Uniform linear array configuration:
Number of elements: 24
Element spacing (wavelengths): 0.75
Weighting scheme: cosine
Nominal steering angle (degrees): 45
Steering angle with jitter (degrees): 45.749
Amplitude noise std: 0.05
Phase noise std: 0.05

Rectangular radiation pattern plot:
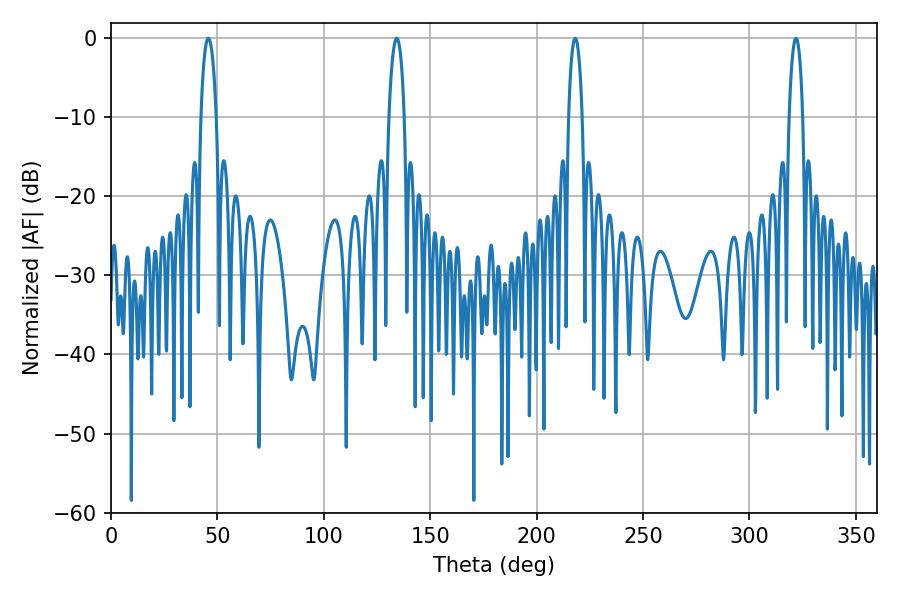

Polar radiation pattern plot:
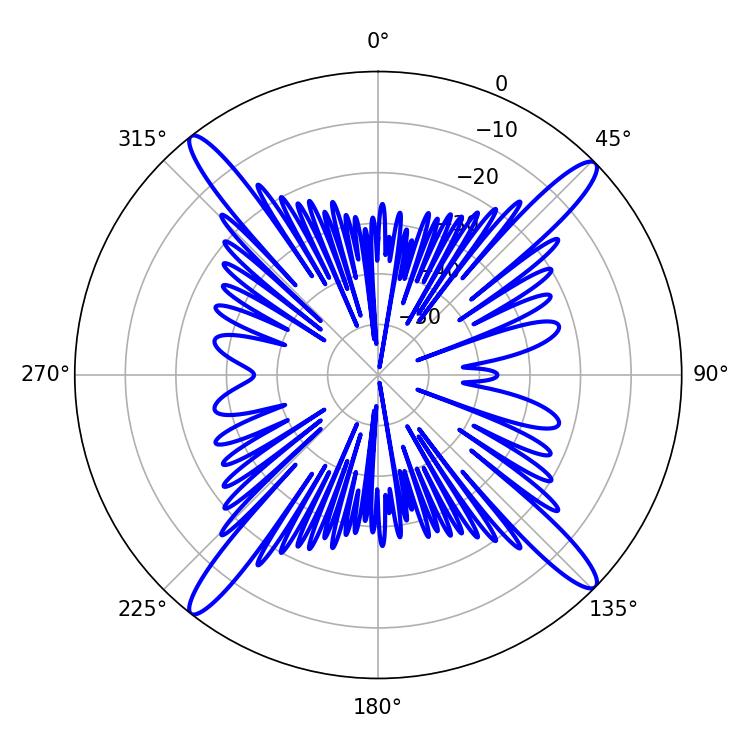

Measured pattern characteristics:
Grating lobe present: TRUE
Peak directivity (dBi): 18.705
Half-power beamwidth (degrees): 4.14
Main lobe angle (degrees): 45.72